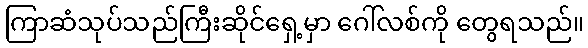
ကြာဆံသုပ်သည်ကြီးဆိုင်ရှေ့မှာ ဂေါ်လစ်ကို တွေရသည်။